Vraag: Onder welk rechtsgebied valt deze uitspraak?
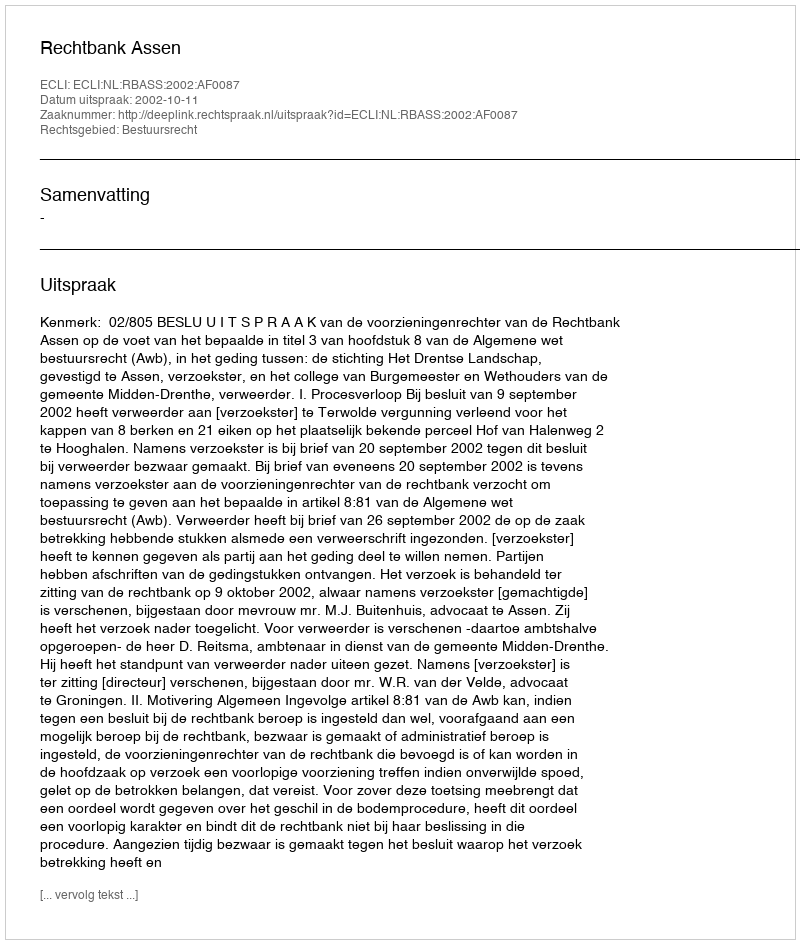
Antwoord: Bestuursrecht